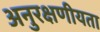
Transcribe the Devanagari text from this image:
अनुरक्षणीयता